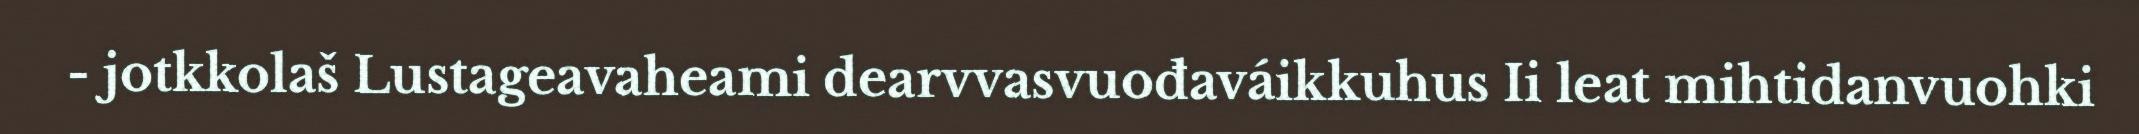
- jotkkolaš Lustageavaheami dearvvasvuođaváikkuhus Ii leat mihtidanvuohki